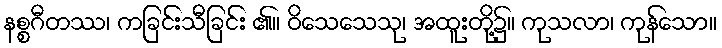
နစ္စဂီတဿ၊ ကခြင်းသီခြင်း ၏။ ဝိသေသေသု၊ အထူးတို့၌။ ကုသလာ၊ ကုန်သော။